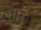
وزنك